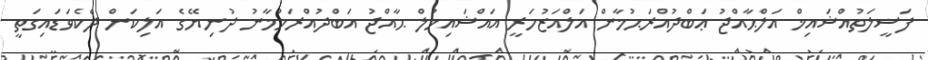
ފަޟީލަތުއްޝައިޚް އަލްޙާއްޖު ޢަބްދުއްރަޙުމާން އަލްއަޒުހަރީ އައްޝައިޚުލް ޙާއްޖު އަބްދުއްރަހުމާނު ދުނިޔޭގެ އަލިކަން ދެކެވަޑައިގަތީ